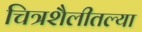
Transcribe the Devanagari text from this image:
चित्रशैलीतल्या